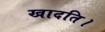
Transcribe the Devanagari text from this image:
खादति।